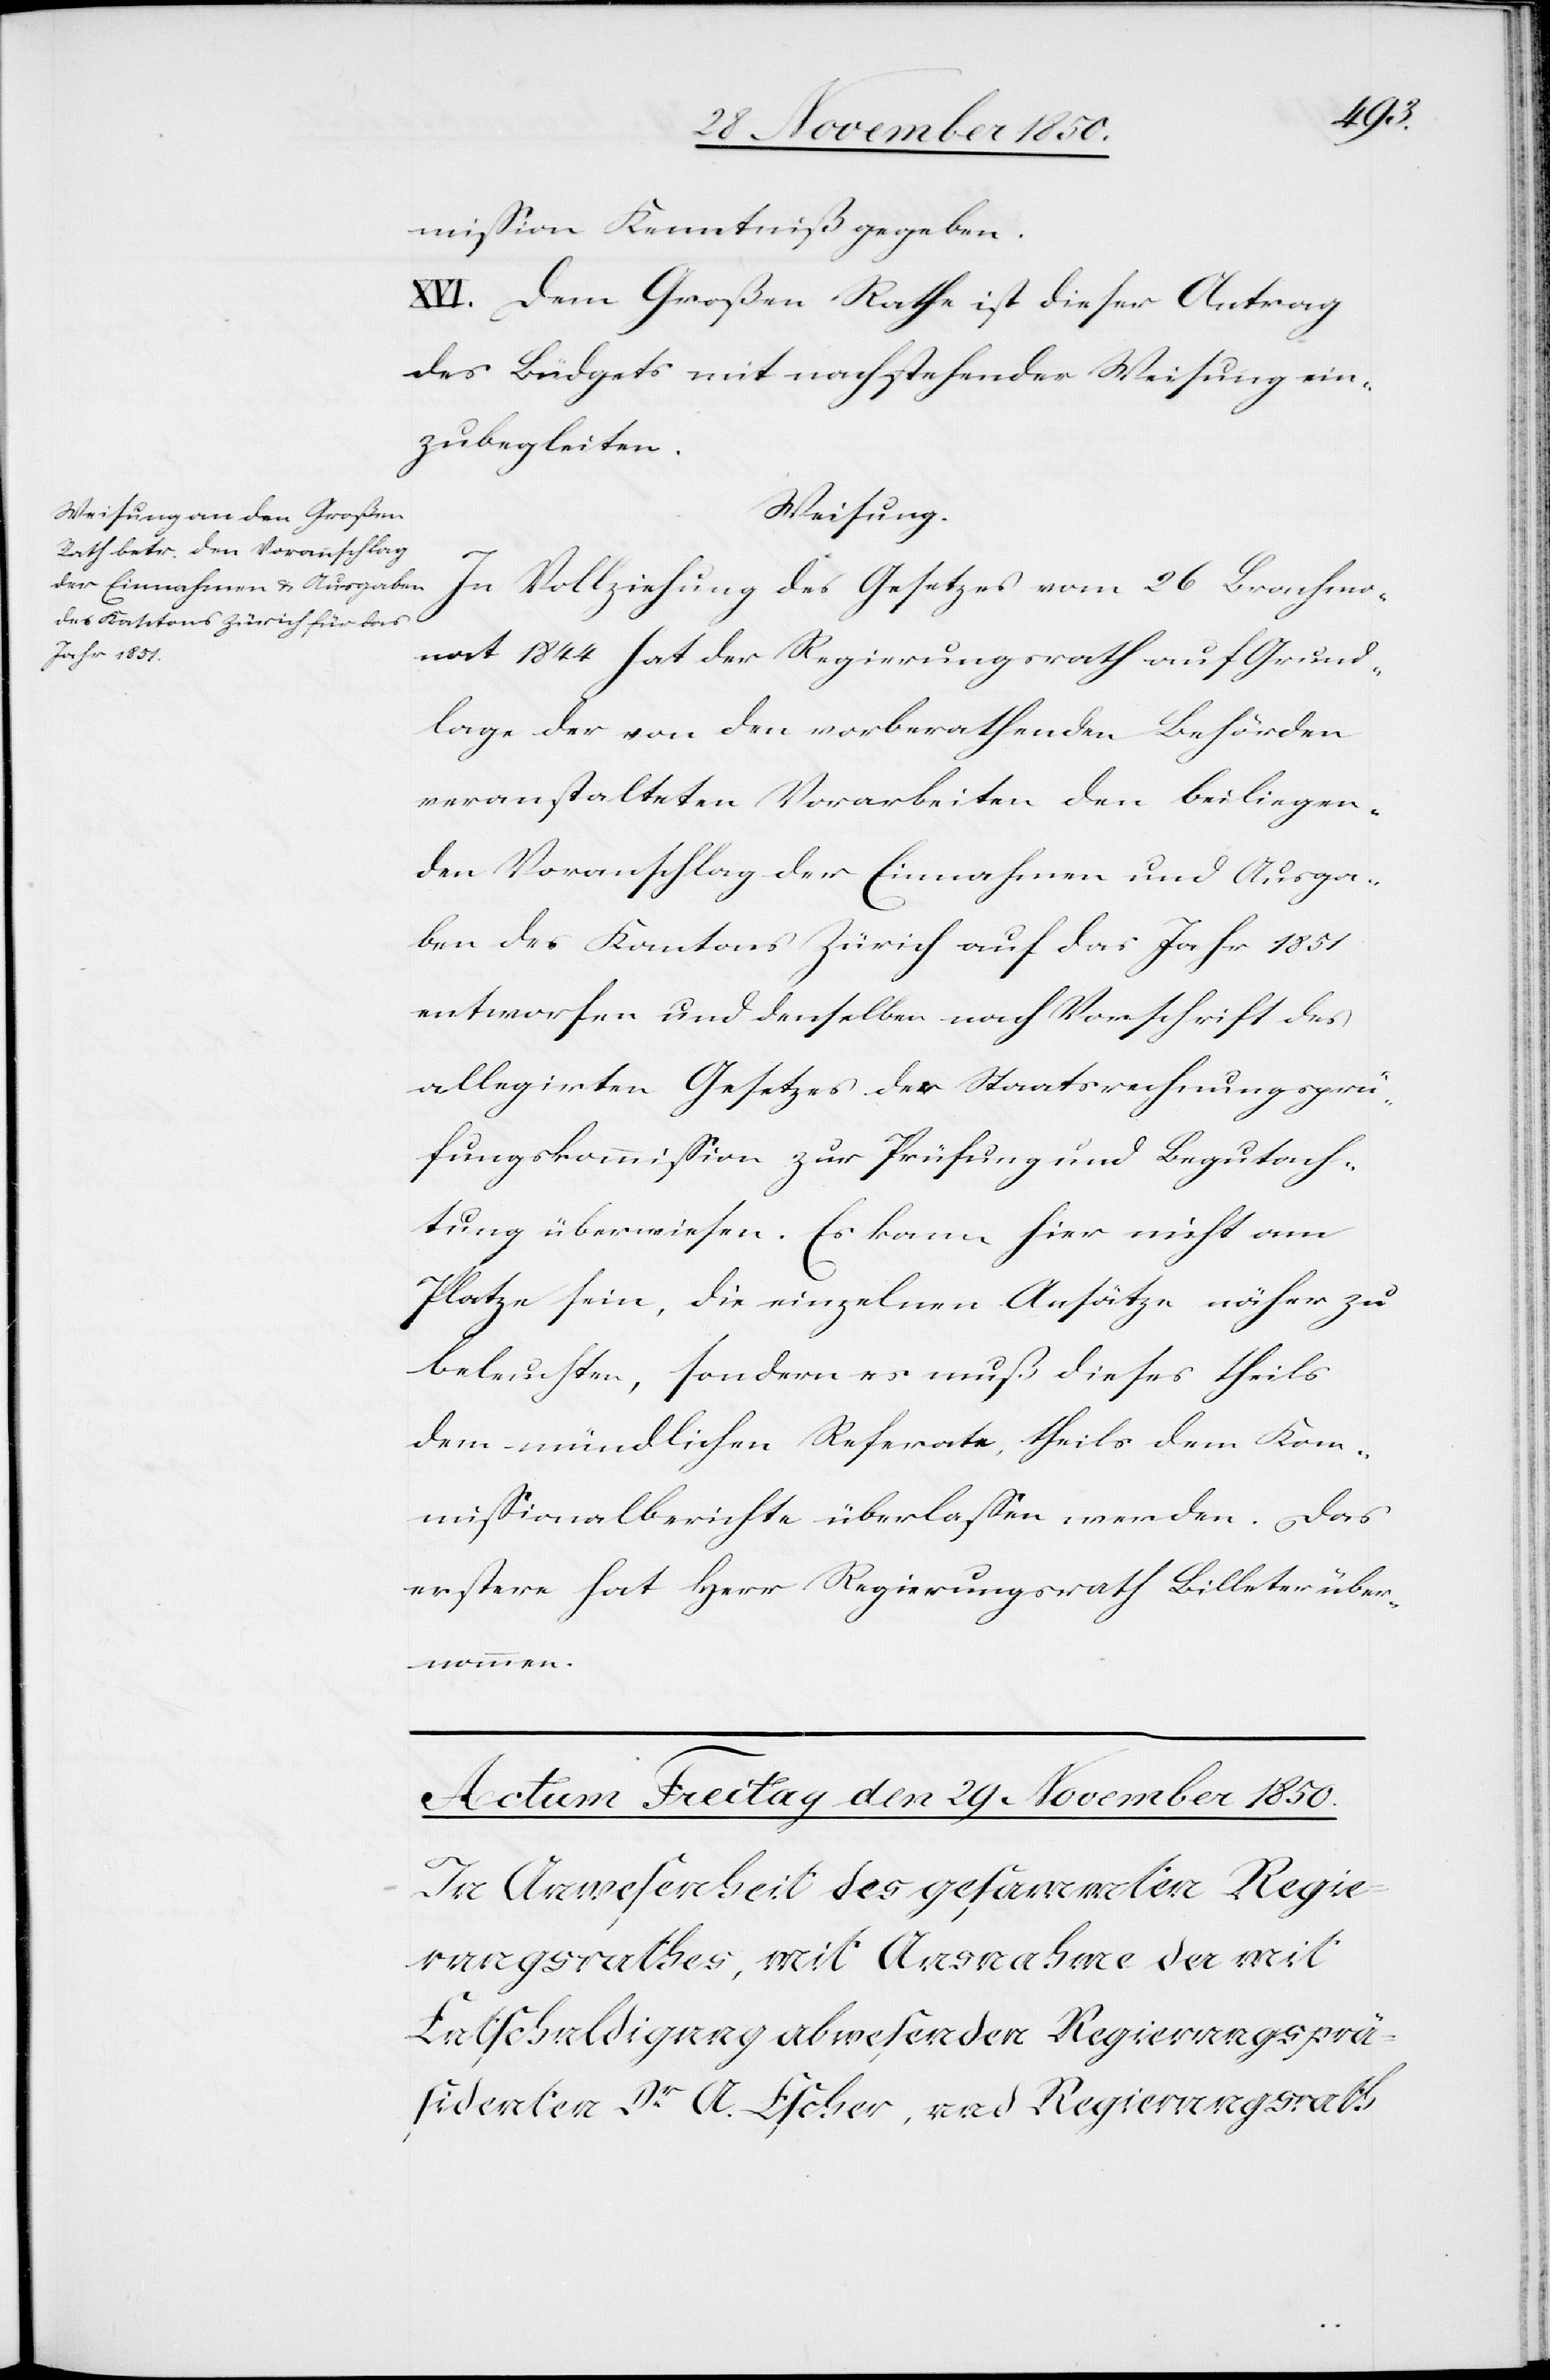
mission Kenntniß gegeben.
XVI. Dem Großen Rathe ist dieser Antrag
des Büdgets mit nachstehender Weisung ein¬
zubegleiten.
Weisung.
In Vollziehung des Gesetzes vom 26 Brachmo¬
nat 1844 hat der Regierungsrath auf Grund¬
lage der von den vorberathenden Behörden
veranstalteten Vorarbeiten den beiliegen¬
den Voranschlag der Einnahmen und Ausga¬
ben des Kantons Zürich auf das Jahr 1851
entworfen und denselben nach Vorschrift des
allegirten Gesetzes der Staatsrechnungsprü¬
fungskommission zur Prüfung und Begutach¬
tung überwiesen. Es kann hier nicht am
Platze sein, die einzelnen Ansätze näher zu
beleuchten, sondern es muß dieses theils
dem mündlichen Referate, theils dem Kom¬
missionalberichte überlassen werden. Das
erstere hat Herr Regierungsrath Billeter über¬
nommen.